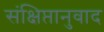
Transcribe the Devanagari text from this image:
संक्षिप्तानुवाद